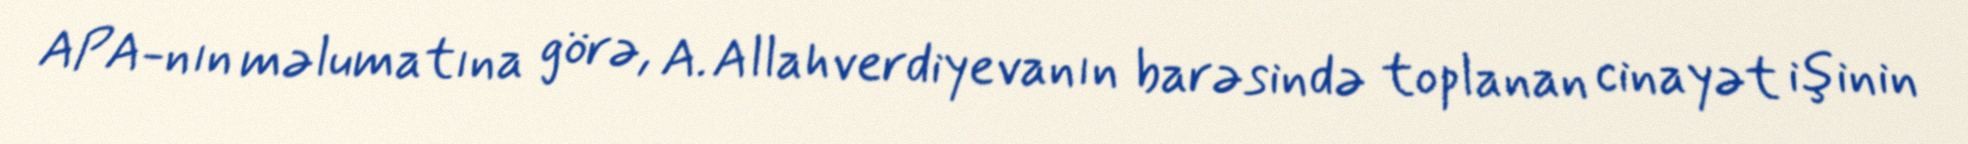
APA-nın məlumatına görə, A. Allahverdiyevanın barəsində toplanan cinayət işinin